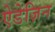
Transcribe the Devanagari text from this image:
ऐडेज़िन